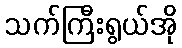
သက်ကြီးရွယ်အို